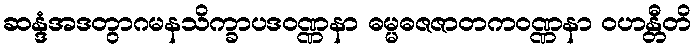
ဆန္ဒံအဒတွာဂမနသိက္ခာပဒဝဏ္ဏနာ ဓမ္မဓဇဇာတကဝဏ္ဏနာ ဝဟန္တီတိ